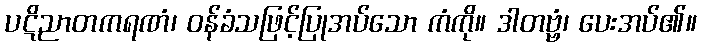
ပဋိညာတကရဏံ၊ ဝန်ခံသဖြင့်ပြုအပ်သော ကံကို။ ဒါတဗ္ဗံ၊ ပေးအပ်၏။